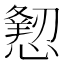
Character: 𢢍